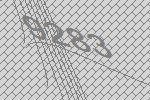
9283